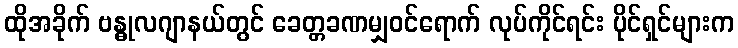
ထိုအခိုက် ဗန္ဓုလဂျာနယ်တွင် ခေတ္တခဏမျှဝင်ရောက် လုပ်ကိုင်ရင်း ပိုင်ရှင်များက